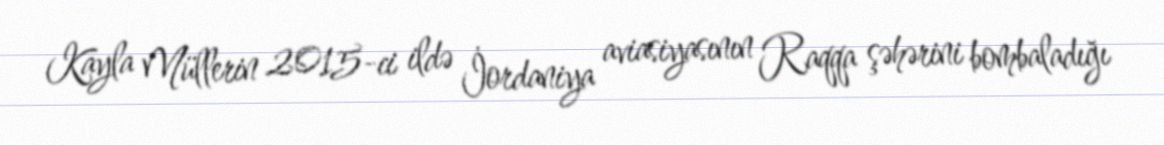
Kayla Müllerin 2015-ci ildə İordaniya aviasiyasının Raqqa şəhərini bombaladığı